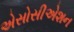
એસોસીએશન